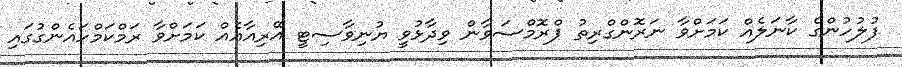
ފުލުހުންގެ ކާނަލެއް ކަމަށްވާ ނަރޮންގްރިތު ޕްރޮމްސަވާން ވިދާޅުވީ ޔުނިވާސިޓީ އޭރިއާއެއް ކަމަށްވާ ރަމްކަމްހައެންގުގައި